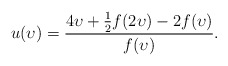
\begin{align*}u(\upsilon) = \frac{4\upsilon + \frac 12 f(2\upsilon)-2f(\upsilon)}{f(\upsilon)}.\end{align*}